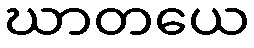
ဃာတယေ